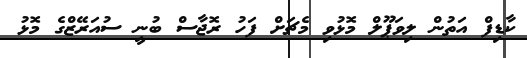
ކާޑިފް އަތުން ލިވަޕޫލް މޮޅުވި މެޗަށް ފަހު ރޮޖާސް ބުނީ ސުއަރޭޒްގެ މޮޅު